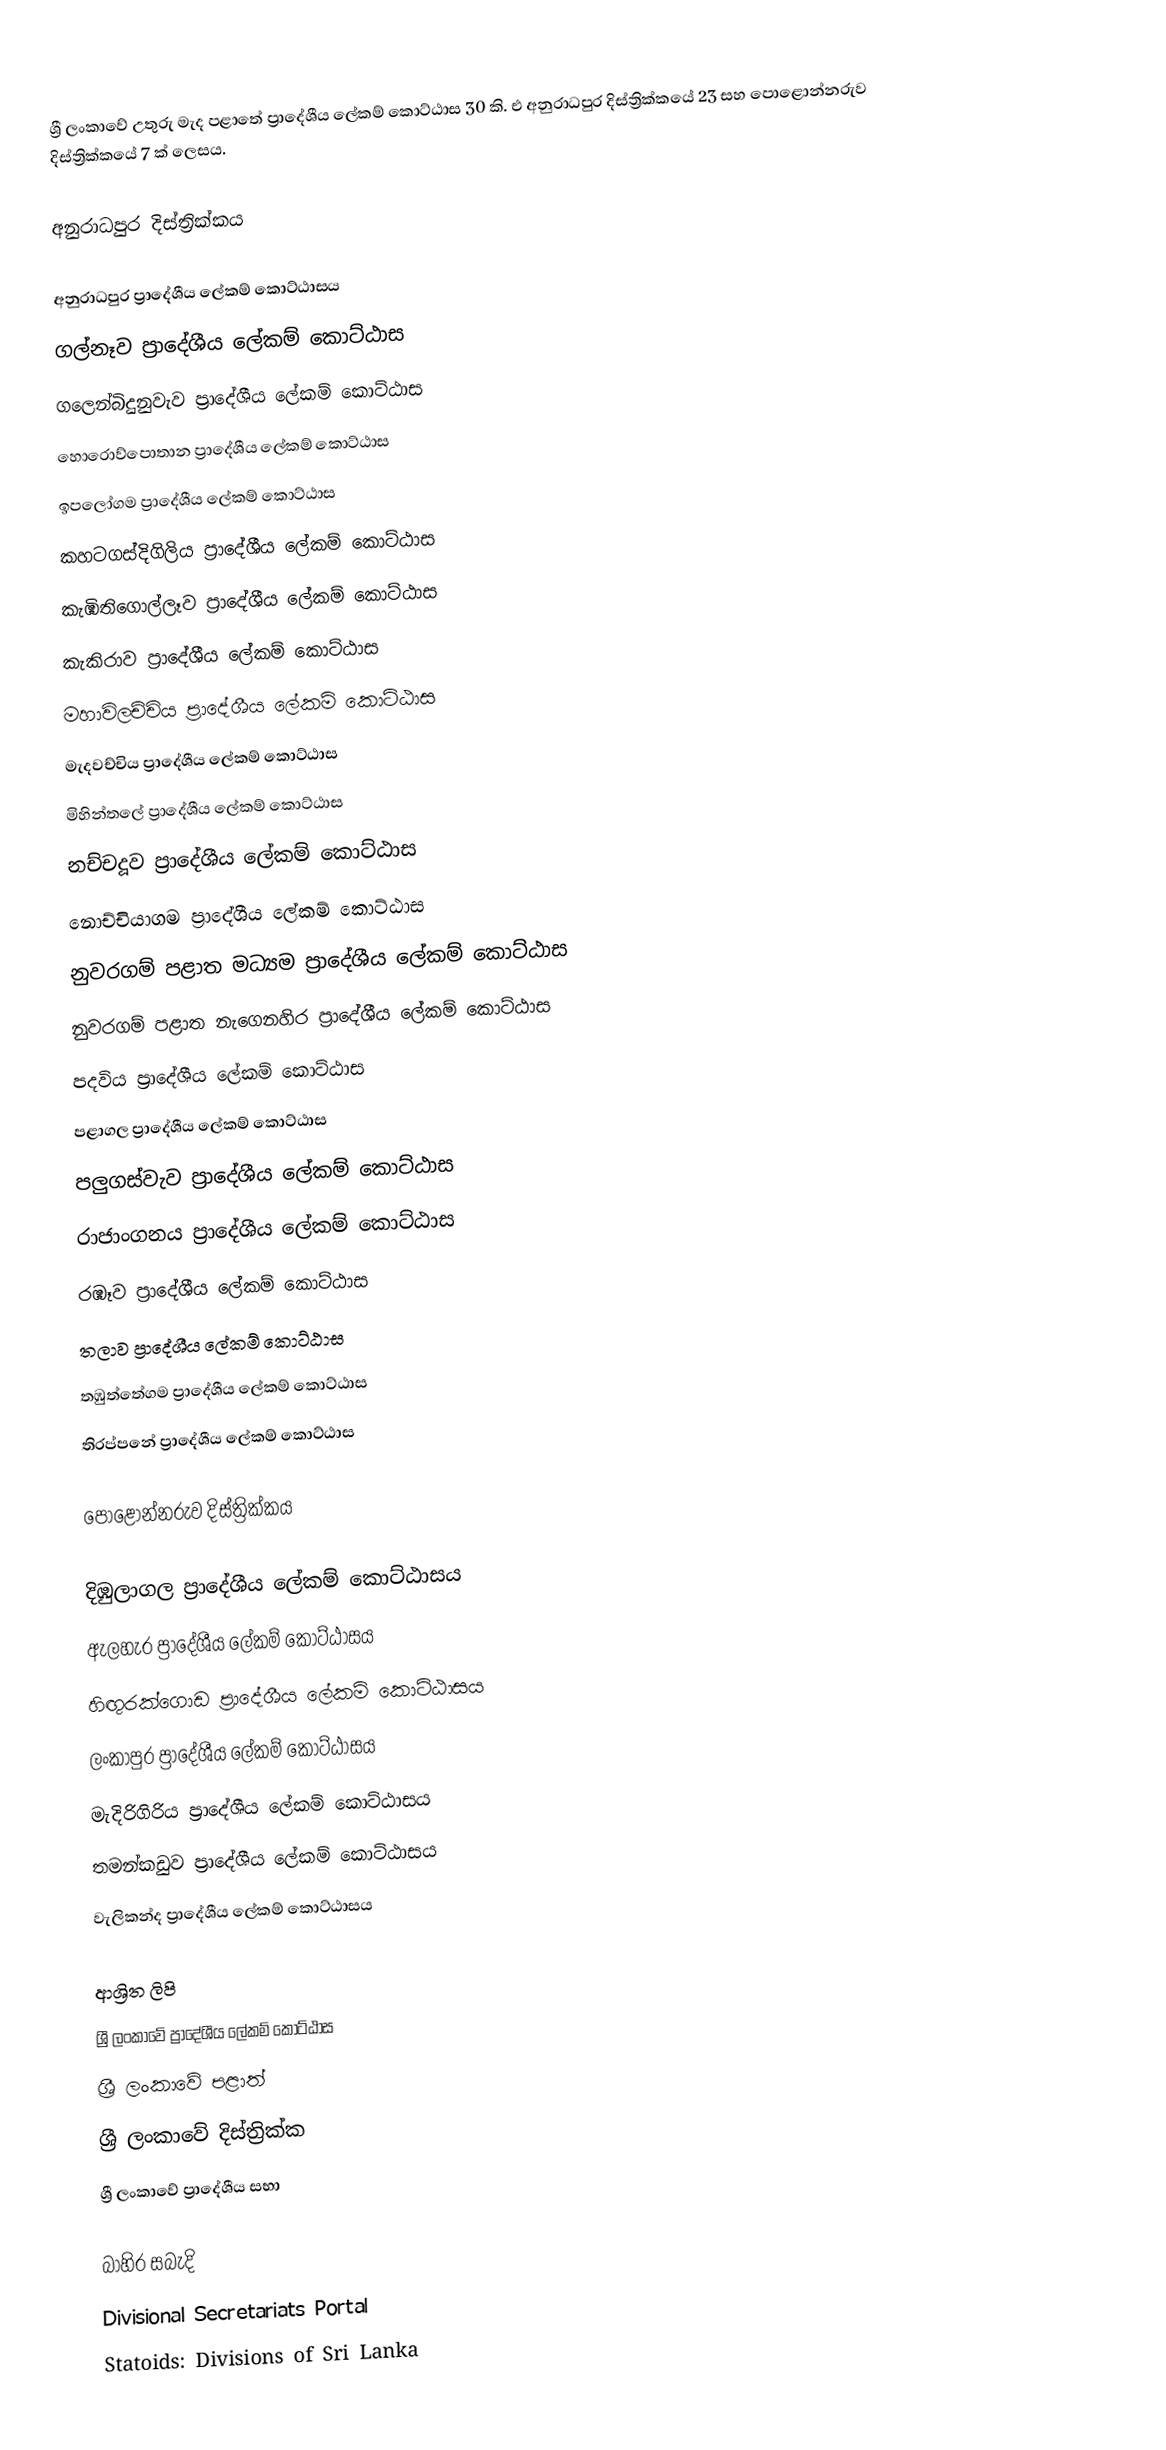
ශ්‍රී ලංකාවේ උතුරු මැද පළාතේ ප්‍රාදේශීය ලේකම් කොට්ඨාස 30 කි. එ අනුරාධපුර දිස්ත්‍රික්කයේ 23 සහ පොළොන්නරුව දිස්ත්‍රික්කයේ 7 ක්  ලෙසය.

අනුරාධපුර දිස්ත්‍රික්කය

 අනුරාධපුර ප්‍රාදේශීය ලේකම් කොට්ඨාසය
 ගල්නෑව ප්‍රාදේශීය ලේකම් කොට්ඨාස
 ගලෙන්බිදුනුවැව ප්‍රාදේශීය ලේකම් කොට්ඨාස
 හොරොව්පොතාන ප්‍රාදේශීය ලේකම් කොට්ඨාස
 ඉපලෝගම ප්‍රාදේශීය ලේකම් කොට්ඨාස
 කහටගස්දිගිලිය ප්‍රාදේශීය ලේකම් කොට්ඨාස
 කැඹිතිගොල්ලෑව ප්‍රාදේශීය ලේකම් කොට්ඨාස
 කැකිරාව ප්‍රාදේශීය ලේකම් කොට්ඨාස
 මහාවිලච්චිය ප්‍රාදේශීය ලේකම් කොට්ඨාස
 මැදවච්චිය ප්‍රාදේශීය ලේකම් කොට්ඨාස
 මිහින්තලේ ප්‍රාදේශීය ලේකම් කොට්ඨාස
 නච්චදූව ප්‍රාදේශීය ලේකම් කොට්ඨාස
 නොච්චියාගම ප්‍රාදේශීය ලේකම් කොට්ඨාස
 නුවරගම් පළාත මධ්‍යම ප්‍රාදේශීය ලේකම් කොට්ඨාස
 නුවරගම් පළාත නැගෙනහිර ප්‍රාදේශීය ලේකම් කොට්ඨාස
 පදවිය ප්‍රාදේශීය ලේකම් කොට්ඨාස
 පළාගල ප්‍රාදේශීය ලේකම් කොට්ඨාස
 පලුගස්වැව ප්‍රාදේශීය ලේකම් කොට්ඨාස
 රාජාංගනය ප්‍රාදේශීය ලේකම් කොට්ඨාස
 රඹෑව ප්‍රාදේශීය ලේකම් කොට්ඨාස
 තලාව ප්‍රාදේශීය ලේකම් කොට්ඨාස
 තඹුත්තේගම ප්‍රාදේශීය ලේකම් කොට්ඨාස
 තිරප්පනේ ප්‍රාදේශීය ලේකම් කොට්ඨාස

පොළොන්නරුව දිස්ත්‍රික්කය

 දිඹුලාගල ප්‍රාදේශීය ලේකම් කොට්ඨාසය
 ඇලහැර ප්‍රාදේශීය ලේකම් කොට්ඨාසය
 හිඟුරක්ගොඩ ප්‍රාදේශීය ලේකම් කොට්ඨාසය
 ලංකාපුර ප්‍රාදේශීය ලේකම් කොට්ඨාසය
 මැදිරිගිරිය ප්‍රාදේශීය ලේකම් කොට්ඨාසය
 තමන්කඩුව ප්‍රාදේශීය ලේකම් කොට්ඨාසය
 වැලිකන්ද ප්‍රාදේශීය ලේකම් කොට්ඨාසය

ආශ්‍රිත ලිපි
 ශ්‍රී ලංකාවේ ප්‍රාදේශීය ලේකම් කොට්ඨාස
 ශ්‍රී ලංකාවේ පළාත්
 ශ්‍රී ලංකාවේ දිස්ත්‍රික්ක
 ශ්‍රී ලංකාවේ ප්‍රාදේශීය සභා

බාහිර සබැදි
 Divisional Secretariats Portal
 Statoids: Divisions of Sri Lanka